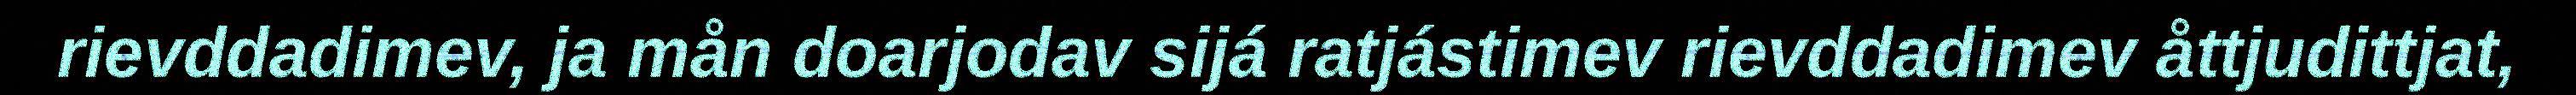
rievddadimev, ja mån doarjodav sijá ratjástimev rievddadimev åttjudittjat,